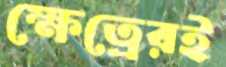
ক্ষেত্রেরই